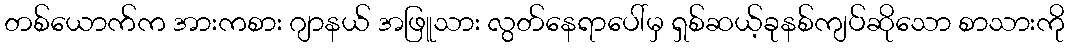
တစ်ယောက်က အားကစား ဂျာနယ် အဖြူသား လွတ်နေရာပေါ်မှ ရှစ်ဆယ့်ခုနစ်ကျပ်ဆိုသော စာသားကို